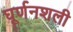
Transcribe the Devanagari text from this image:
घूर्णनशली